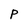
Character: p